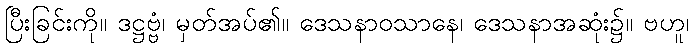
ပြီးခြင်းကို။ ဒဋ္ဌဗ္ဗံ၊ မှတ်အပ်၏။ ဒေသနာဝသာနေ၊ ဒေသနာအဆုံး၌။ ဗဟူ၊